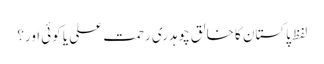
لفظ پاکستان کا خالق چوہدری رحمت علی یا کوئی اور؟